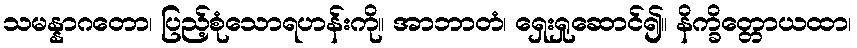
သမန္နာဂတော၊ ပြည့်စုံသောရဟန်းကို။ အာဘာတံ၊ ရှေးရှုဆောင်၍။ နိက္ခိတ္တောယထာ၊